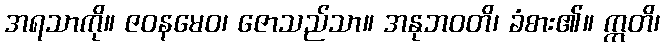
အရသာကို။ ဇဝနမေဝ၊ ဇောသည်သာ။ အနုဘဝတိ၊ ခံစား၏။ ဣတိ၊